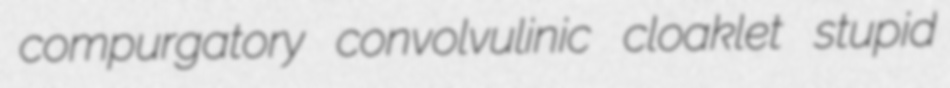
compurgatory convolvulinic cloaklet stupid